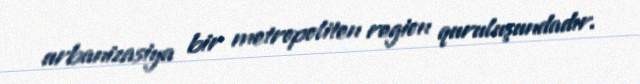
urbanizasiya bir metropoliten region quruluşundadır.